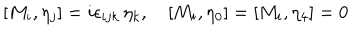
[ M _ { i } , \eta _ { j } ] = i \epsilon _ { i j k } \, \eta _ { k } , \quad [ M _ { i } , \eta _ { 0 } ] = [ M _ { i } , \eta _ { 4 } ] = 0